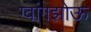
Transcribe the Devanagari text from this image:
ग्वांगझोऊ